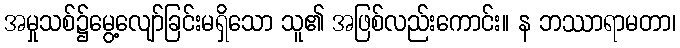
အမှုသစ်၌မွေ့လျော်ခြင်းမရှိသော သူ၏ အဖြစ်လည်းကောင်း။ န ဘဿာရာမတာ၊